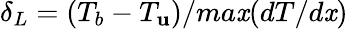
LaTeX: \delta_{L}=(T_{b}-T_{\mathbf{u}})/ma\mathit{x}(dT/d\mathit{x})